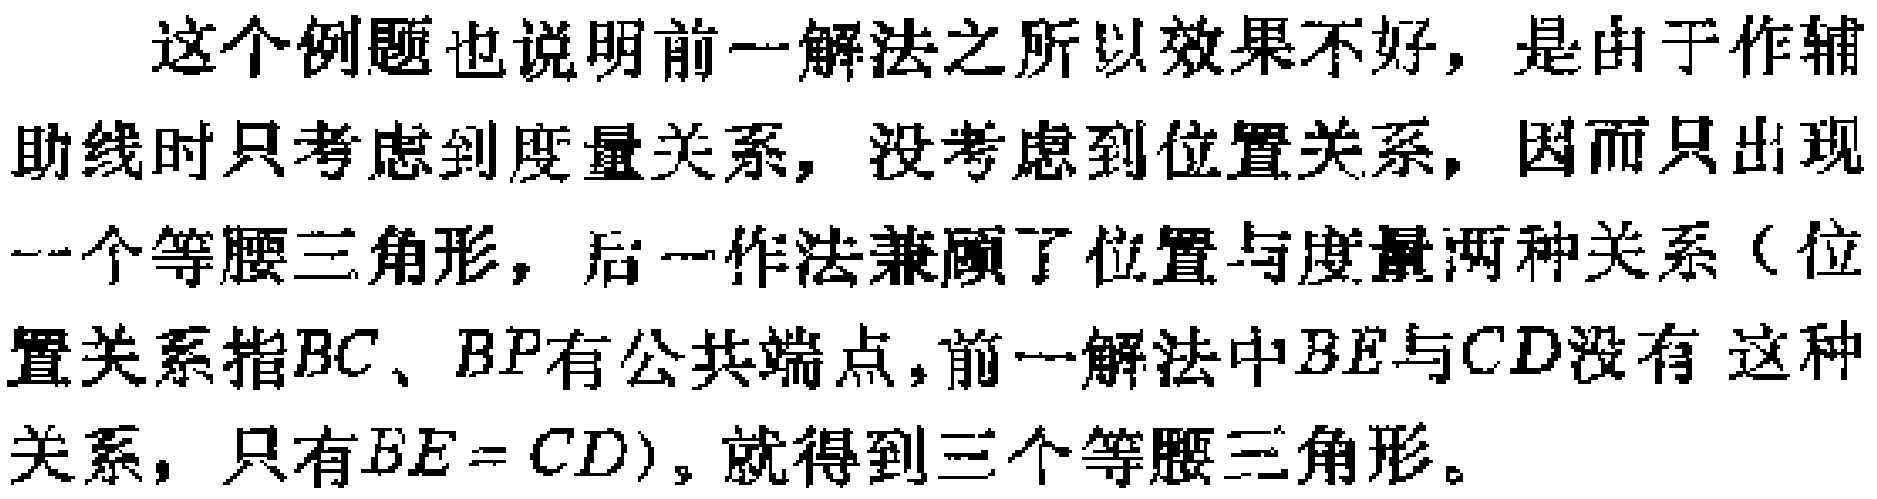
这个例题也说明前一解法之所以效果不好，是由于作辅助线时只考虑到度量关系，没考虑到位置关系，因而只出现一个等腰三角形，后一作法兼顾了位置与度量两种关系（位置关系指\(BC\)、\(BP\)有公共端点，前一解法中\(BE\)与\(CD\)没有这种关系，只有\(BE = CD\)），就得到三个等腰三角形。